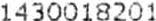
1430018201